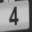
Digit: 4